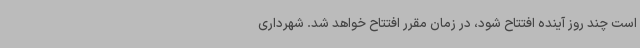
است چند روز آینده افتتاح شود، در زمان مقرر افتتاح خواهد شد. شهرداری